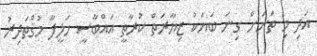
އަދި މި ތަނަށް ގިނަ ބަޔަކު ޒިޔާރަތް ކުރާތީ އައްބާސީ ހަލީފާ މުޤްތަދިރު